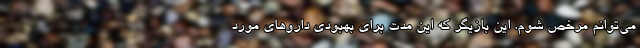
می‌توانم مرخص شوم. این بازیگر که این مدت برای بهبودی دارو‌های مورد